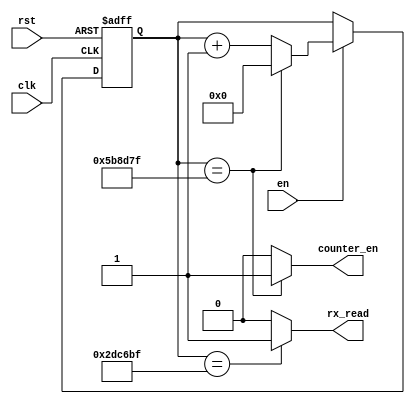
`timescale 1ns / 1ps
//////////////////////////////////////////////////////////////////////////////////
// gen_counter_en #(.SIZE()) u (.clk(), .rst(), .counter_en());
// 5999999   0  clk / SIZE [Hz]
// Maker : CHA
//
//////////////////////////////////////////////////////////////////////////////////


module gen_counter_en #(parameter SIZE = 6000000) (
    input clk,
    input rst,
    input en,
    output counter_en,
    output rx_read
    );
    
    reg [31:0] o;
    
    always @(posedge clk or posedge rst) begin
        if (rst) o <= 0;
        else if (en)
            if (o == SIZE-1) o <= 0;
            else o <= o + 1;
    end
        
        assign counter_en = (o == SIZE-1) ? 1'b1 : 1'b0;
        assign rx_read = (o == (SIZE - 1) / 2) ? 1'b1 : 1'b0;
        
endmodule